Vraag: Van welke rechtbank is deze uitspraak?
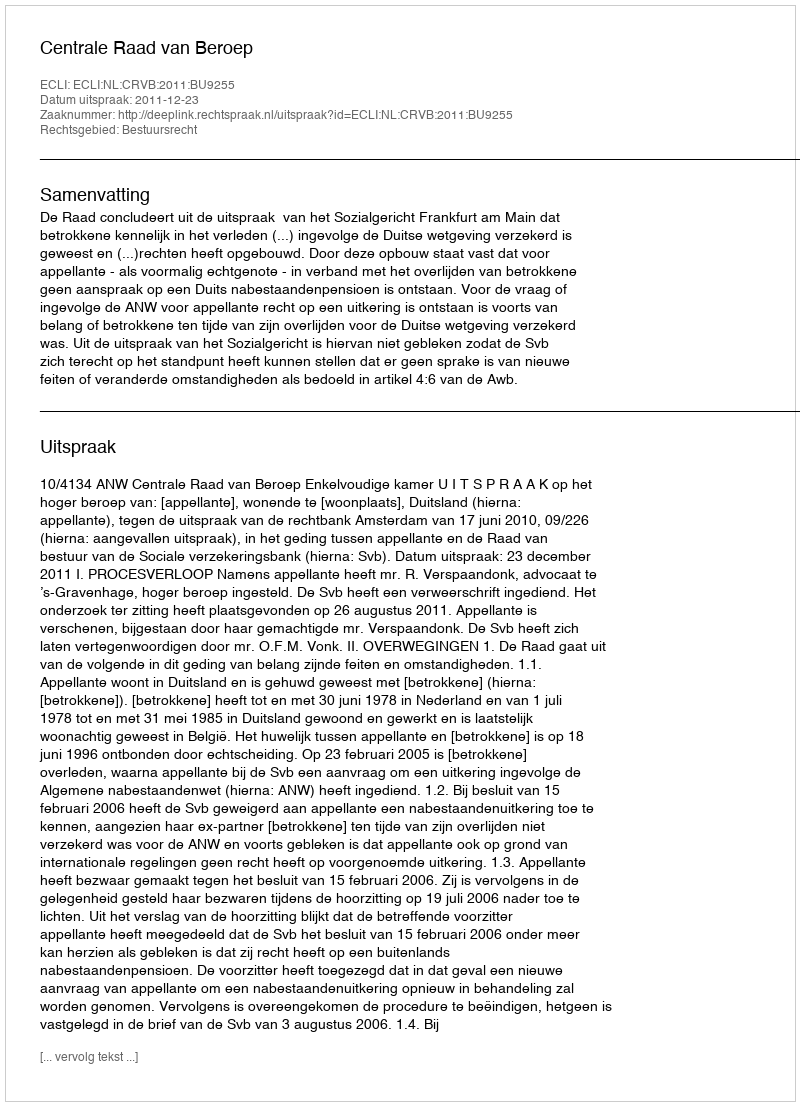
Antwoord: Centrale Raad van Beroep